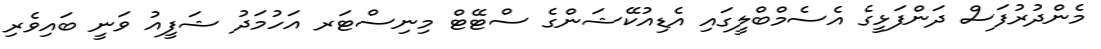
މެންދުރުފަސް ދަންފަޅީގެ އެސެމްބްލީގައި އެޑިއުކޭޝަންގެ ސްޓޭޓް މިނިސްޓަރ އަހުމަދު ޝަފީއު ވަނީ ބައިވެރި